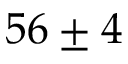
5 6 \pm 4